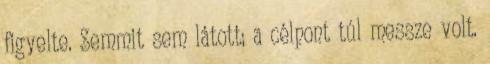
figyelte. Semmit sem látott; a célpont túl messze volt.